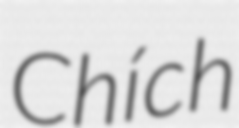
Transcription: Chích